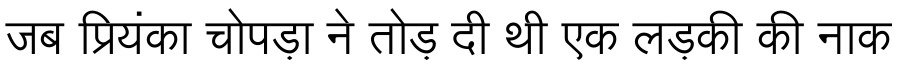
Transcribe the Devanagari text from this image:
जब प्रियंका चोपड़ा ने तोड़ दी थी एक लड़की की नाक